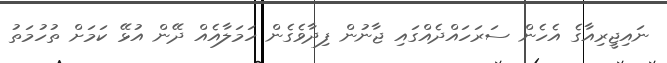
ނައިޖީރިއާގެ އެހެން ސަރަހައްދެއްގައި ޖާނުން ފިދާވެގެން ހަމަލާއެއް ދޭން އުޅޭ ކަމަށް ތުހުމަތު